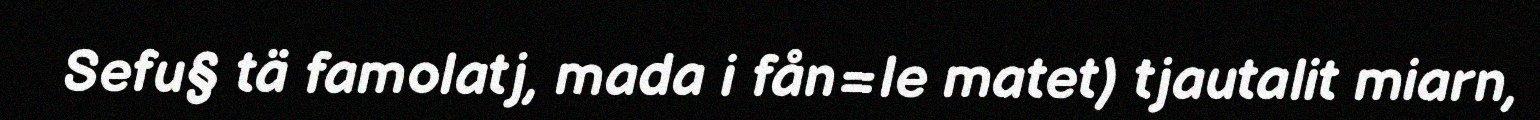
Sefu§ tä famolatj, mada i fån=le matet) tjautalit miarn,